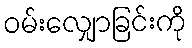
ဝမ်းလျှောခြင်းကို